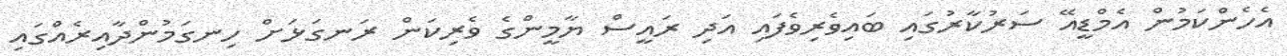
އެހެންކަމުން އެމްޑީއޭ ސަރުކާރުގައި ބައިވެެރިވެފައި އަދި ރައީސް ޔާމީންގެ ވެރިކަން ރަނގަޅަށް ހިނގަމުންދާއިރެއްގައި